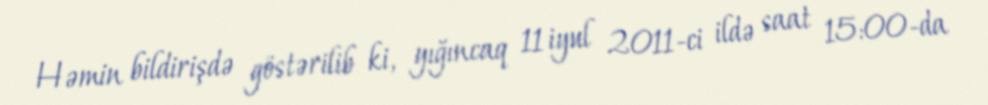
Həmin bildirişdə göstərilib ki, yığıncaq 11 iyul 2011-ci ildə saat 15:00-da